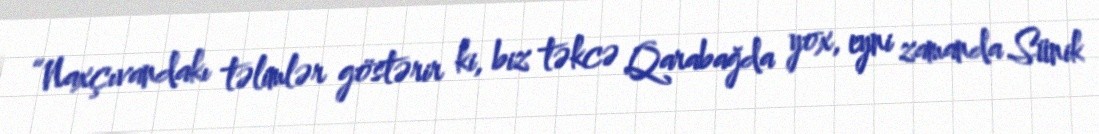
“Naxçıvandakı təlimlər göstərir ki, biz təkcə Qarabağda yox, eyni zamanda Sünik